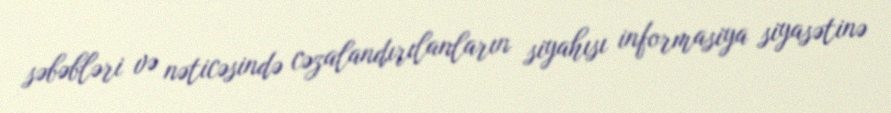
səbəbləri və nəticəsində cəzalandırılanların siyahısı informasiya siyasətinə